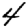
Digit: 4